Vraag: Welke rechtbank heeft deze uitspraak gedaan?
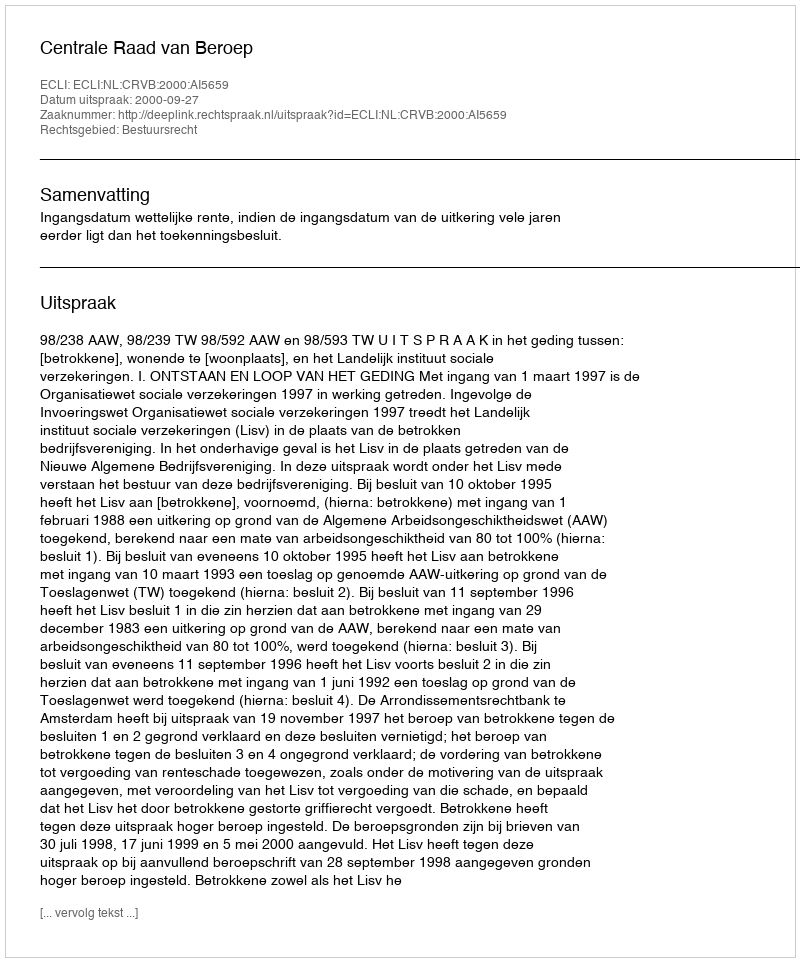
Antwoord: Centrale Raad van Beroep